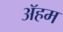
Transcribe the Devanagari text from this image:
ॲहम